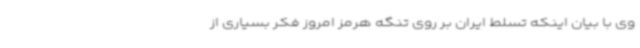
وی با بیان اینکه تسلط ایران بر روی تنگه هرمز امروز فکر بسیاری از